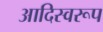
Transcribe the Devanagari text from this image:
आदिस्वरूप